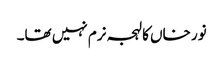
نور خاں کا لہجہ نرم نہیں تھا۔